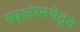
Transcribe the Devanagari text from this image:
स्धूअंस्नथेतून